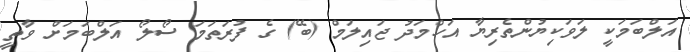
އަލްބަމަކީ ލަވަކިޔުންތެރިޔާ އަހްމަދު ޖައިލަމް (ބޭ) ގެ ފުރަތަމަ ސޯލޯ އަލްބަމަށް ވާތީ